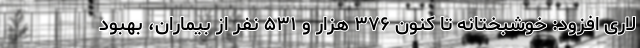
لاری افزود: خوشبختانه تا کنون ۳۷۶ هزار و ۵۳۱ نفر از بیماران، بهبود